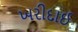
ખરીદાઈ